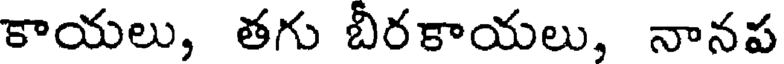
కాయలు, తగు బీరకాయలు, నానప